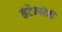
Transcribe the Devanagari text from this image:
कंटैम्परेरी